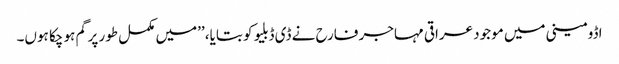
اڈومینی میں موجود عراقی مہاجر فارح نے ڈی ڈبلیو کو بتایا، ’’میں مکمل طور پر گم ہو چکا ہوں۔